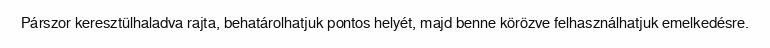
Párszor keresztülhaladva rajta, behatárolhatjuk pontos helyét, majd benne körözve felhasználhatjuk emelkedésre.